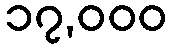
၁၇,၀၀၀